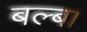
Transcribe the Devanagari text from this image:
बल्ब।